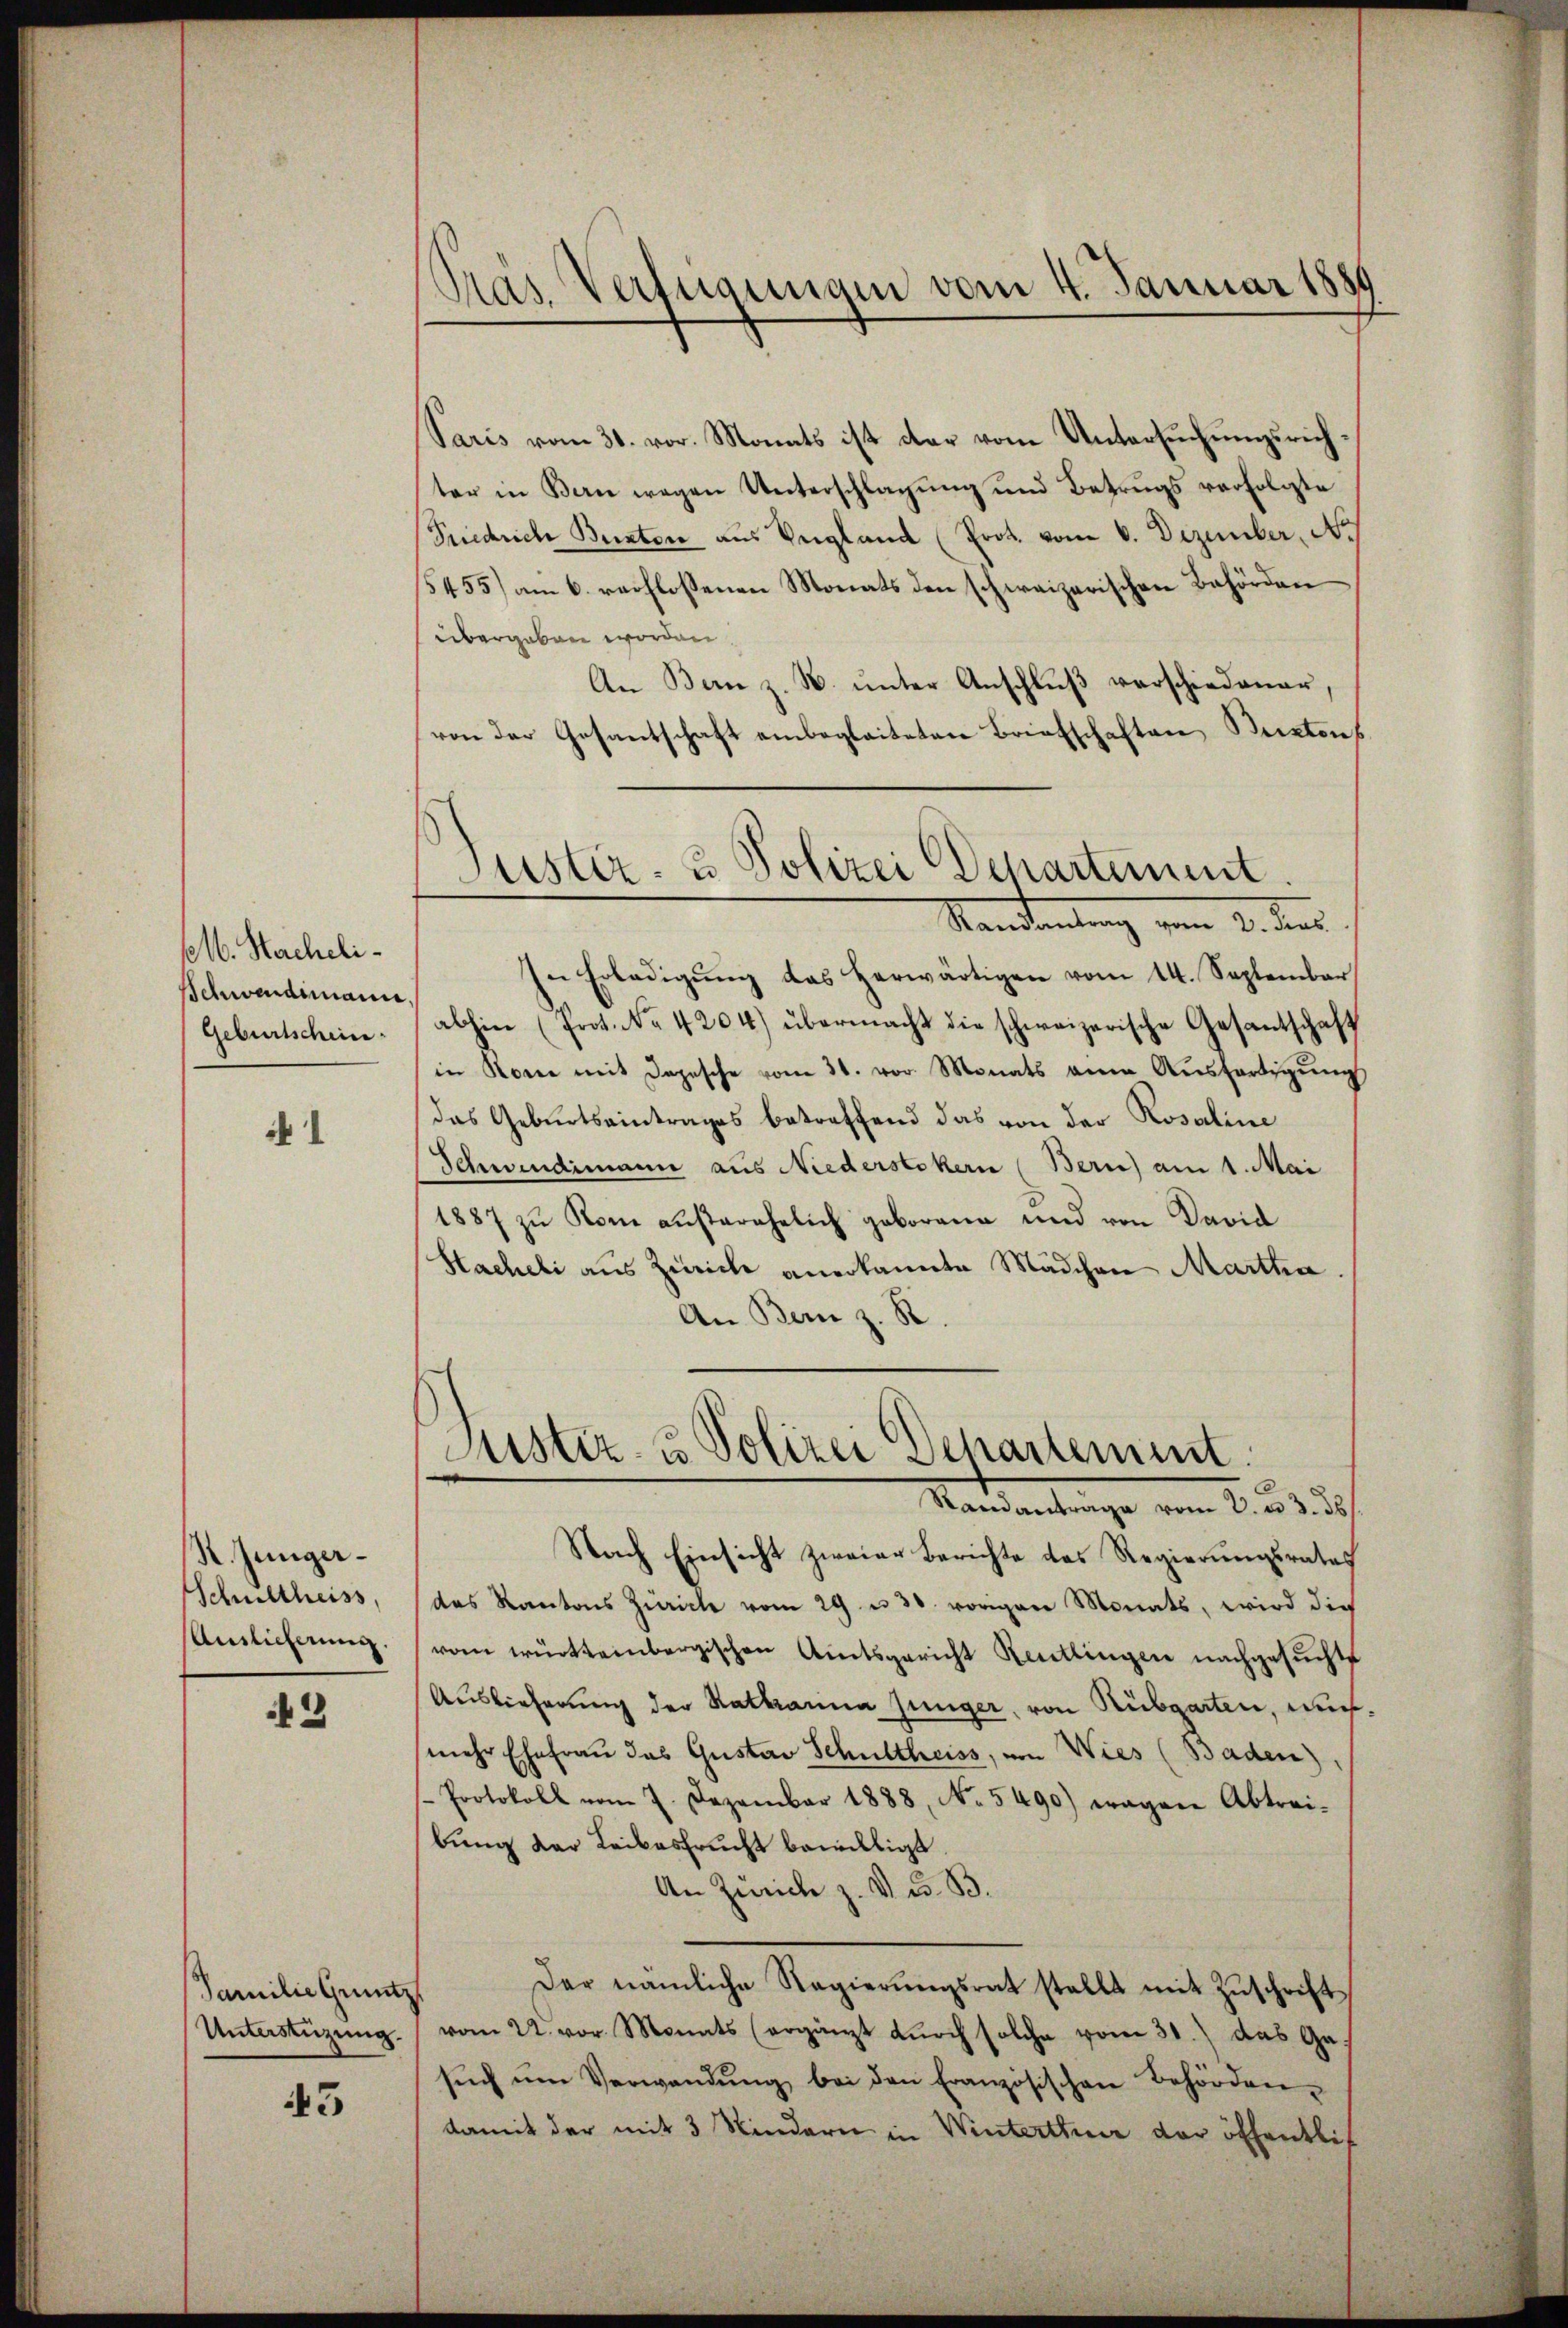
1. Nacheli¬
Schwendimann,
Geburtschein

i

K. Jünger¬
Schultheiss,
Anslicherung.

2

Familie Grüntz
Unterstüzung.

43

Präs. Verfügungen vom 4. Januar 1889

Paris vom 31. vor. Monats ist dar vom Untersuchungsrichter in Bern wegen Unterschlagung und Betrugs verfolgte
Friedrich Bentore aus Vergland (Prot. vom 6. Dezember, No
15455) am 6. rechlossenen Monats den schweizerischen Behörden
übergeben worden.
An Bern z. N. ŭnter Anschlŭβ verschiedener,
von der Gesantschaft einbegleiteten Briefschaften Bestens
In Erledigŭng das herwärtigen vom 14. September
abhin (Prot. No. 4204) übermacht die schweizerische Gesantschaft
in Rom mit Depesche vom 31. vor. Monats an Aŭsfertigŭng
das Geburtseintrages betreffend das von der Rosaline
Schwendimann aus Niederstokern (Bern) am 1. Mai
1887 zu Rom aŭserehelich geborene und von David
Sacheli aus Zürich anerkannte Mädchen Martha.
An Bern z. B.
7
Justiz- u Polizei Departement
Mandantrage vom 2. 23. d.
Nach Einsicht zweier Berichte des Regierungsrates
das Kantons Zürich vom 29. u 30. vorigen Monats, wird die
vom württembergischen Amtsgericht Reutlingen nachgesuchte
Auslieferung der Rathanna Jünger, von Rübgarten, aufmehr Ehefrau das Gustav Schultheiss, von Wies (Baden)
-Protokoll vom 7. Dezember 1888, No 5490) Fragen Abtrei-
bung der Leibesfrucht bewilligt.
An Zwicke z. V. u. B.
Der nämliche Regierŭngsrat stellt mit Zŭschrift
vom 2. vor. Monats (ergänzt durch solche vom 31.) das Gesŭch ŭm Verwandŭng bei den Französischen Behörden
damit der mit 3 Kindern in Winterthur der öffentlich

Justiz- & Polizei Departement.
Standantung vom 2. des